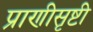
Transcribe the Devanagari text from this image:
प्राणीसृष्टी